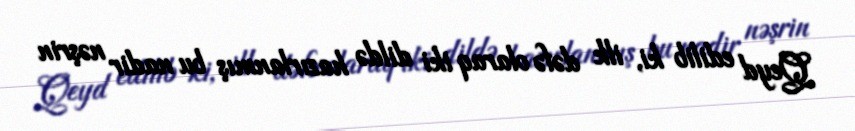
Qeyd edilib ki, ilk dəfə olaraq iki dildə hazırlanmış bu nadir nəşrin